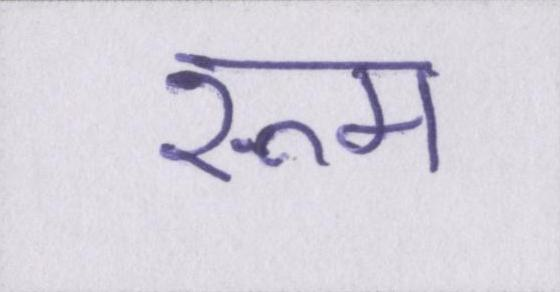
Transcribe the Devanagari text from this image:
रूम